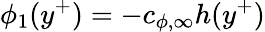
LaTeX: \phi_{1}(y^{+})=-c_{\phi,\infty}h(y^{+})